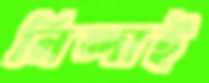
নিন্দাই